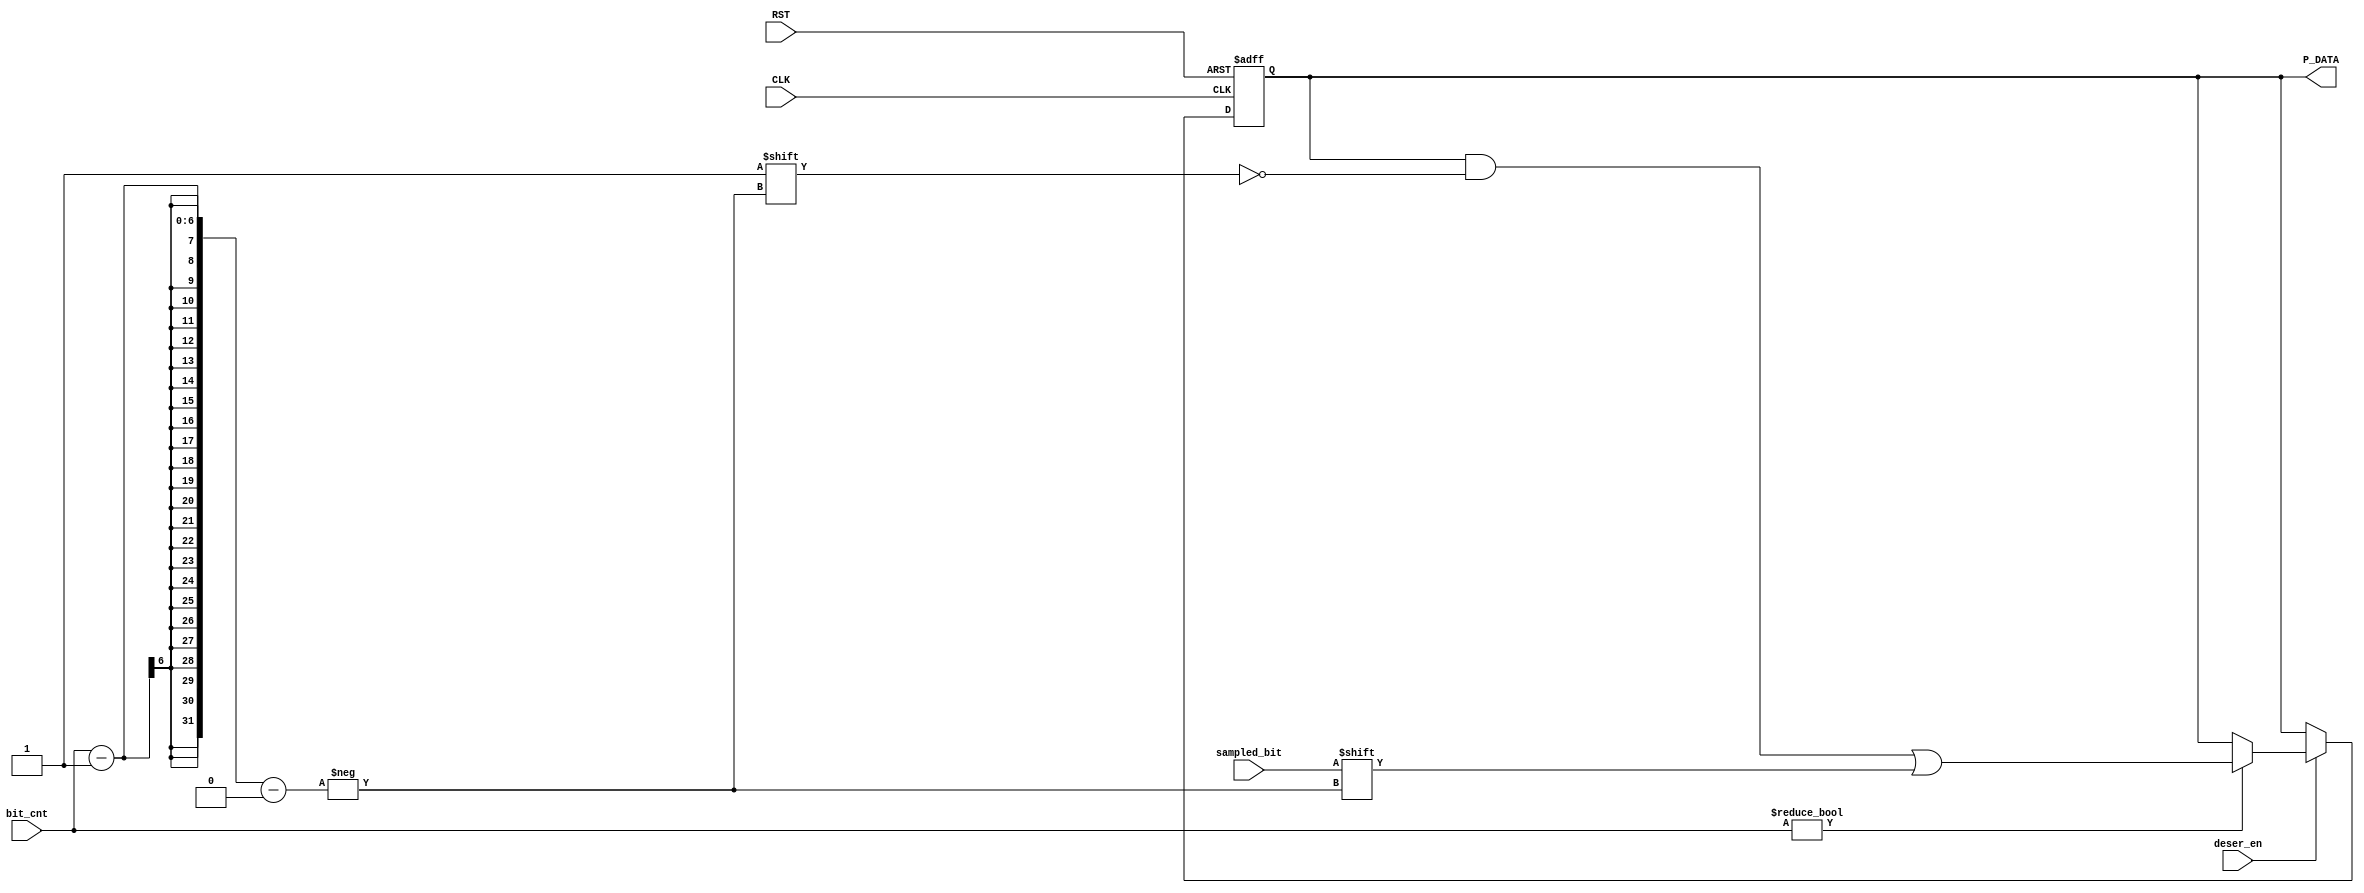
module deserializer (

	input wire 	 	 CLK ,
	input wire  	 RST ,
	input wire  	 deser_en ,
	input wire  	 sampled_bit ,
	input wire [5:0] bit_cnt ,  // mine

	output reg [7:0] P_DATA
	);

//	reg [7:0] tmp_frame ;
//	reg [15:0] counter ;

	always @(posedge CLK or negedge RST) begin

		if (!RST) begin 
			P_DATA  <= 8'b1111_1111 ; 
			//counter <= 'd0 ;
		end 

		else begin
			if (deser_en) begin
				if (bit_cnt != 6'b0) begin
					P_DATA[bit_cnt - 1] <= sampled_bit ;			
				end
			end

/*
			if (deser_en) begin
				tmp_frame[counter] <= sampled_bit ;
				counter <= counter + 1 ;

					if (counter == 8) begin 
						P_DATA <= tmp_frame ;
						counter <= 'd0 ;
					end
			end
*/



		end

	end
endmodule